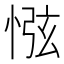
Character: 惤